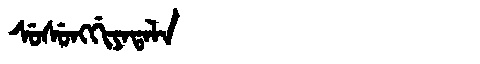
Manchu: ᠰᡠᠰᡠᠩᡤᡳᠶᠠᡨᠠᠯᠠ
Romanization: SUSUNGGIYATALA